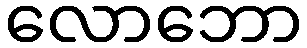
လောဘော